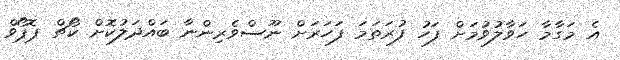
އެ މަގާމާ ހަވާލުވުމަށް ފަހު ފުރަތަމަ ފަހަރަށް ނޫސްވެރިންނާ ބައްދަލުކޮށް ކޯޗް ޕޮޕޯވް